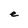
Character: e